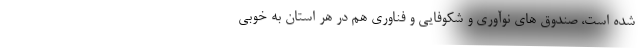
شده است، صندوق های نوآوری و شکوفایی و فناوری هم در هر استان به خوبی